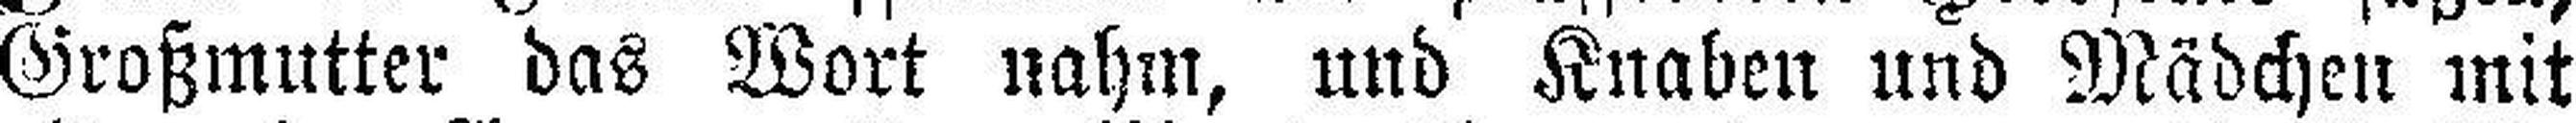
Großmutter das Wort nahm, und Knaben und Mädchen mit